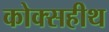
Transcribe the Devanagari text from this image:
कोक्सहीथ